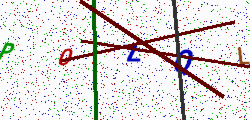
Text: P0ZQL